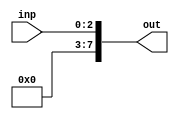
`timescale 1ns / 1ps
//////////////////////////////////////////////////////////////////////////////////
// Company: 
// Engineer: 
// 
// Design Name: 
// Module Name: sign_extend
// Project Name: 
// Target Devices: 
// Tool Versions: 
// Description: 
// 
// Dependencies: 
// 
// Revision:
// Revision 0.01 - File Created
// Additional Comments:
// 
//////////////////////////////////////////////////////////////////////////////////

module sign_extend(
    input [2:0] inp,
    output reg [7:0] out
    );
    always @(*)
    begin
    out <= {5'b00000, inp};
    end
endmodule